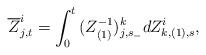
LaTeX: \begin{align*}\overline{Z}^i_{j,t}=\int_0^t{(Z^{-1}_{(1)})^k_{j,s_-}{dZ^i_{k,(1),s}}},\end{align*}